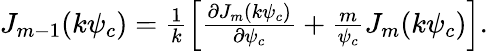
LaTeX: \begin{array}{r}{J_{m-1}(k\psi_{c})=\frac{1}{k}\left[\frac{\partial J_{m}(k\psi_{c})}{\partial\psi_{c}}+\frac{m}{\psi_{c}}J_{m}(k\psi_{c})\right].}\end{array}